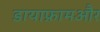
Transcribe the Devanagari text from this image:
डायाफ्रामऔर